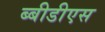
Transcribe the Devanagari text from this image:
ब्बीडीएस